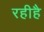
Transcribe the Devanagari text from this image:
रहीहै